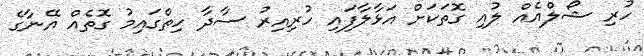
ހުރި ޝޯލްއެއް ލުއި ގޮތަކަށް އަޅާލާފައި ހުރިއިރު ސާދާ ހިތްގައިމު ގޮތެއް އޭނާގެ